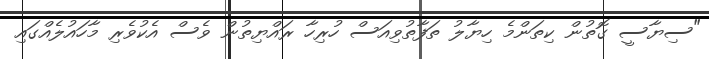
"ސިޔާސީ ގޮތުން ކިތަންމެ ހިޔާލު ތަފާތުވިއަސް ހުރިހާ ރައްޔިތުން ވެސް އެކުވެރި މާހައުލެއްގައި